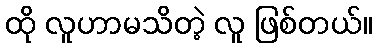
ထို လူဟာမသိတဲ့ လူ ဖြစ်တယ်။